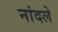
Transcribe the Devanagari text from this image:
नांदले